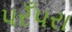
પરઁપરા